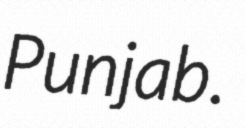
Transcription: Punjab.